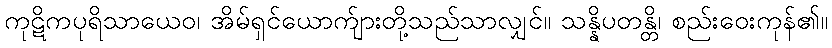
ကုဋိကပုရိသာယေဝ၊ အိမ်ရှင်ယောက်ျားတို့သည်သာလျှင်။ သန္နိပတန္တိ၊ စည်းဝေးကုန်၏။